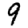
Digit: 9